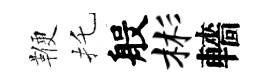
鞭托般彬轖